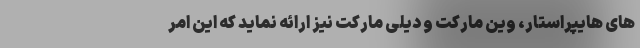
های هایپراستار، وین مارکت و دیلی مارکت نیز ارائه نماید که این امر